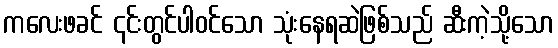
ကလေးဖခင် ၎င်းတွင်ပါဝင်သော သုံးနေရဆဲဖြစ်သည် ဆီးကဲ့သို့သော